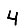
Digit: 4